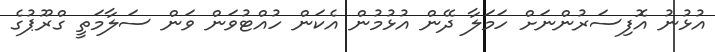
އުޅުނު އޮފިސަރުންނަށް ހަމަލާ ދޭން އުޅުމުން އެކަން ހުއްޓުވަން ވަން ސަލާމަތީ ގްރޫޕުގެ